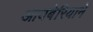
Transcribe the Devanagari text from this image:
आयबेरियाने